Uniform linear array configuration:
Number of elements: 24
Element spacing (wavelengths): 0.25
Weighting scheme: hann
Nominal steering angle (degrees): -15
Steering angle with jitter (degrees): -15.631
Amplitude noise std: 0.05
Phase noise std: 0.05

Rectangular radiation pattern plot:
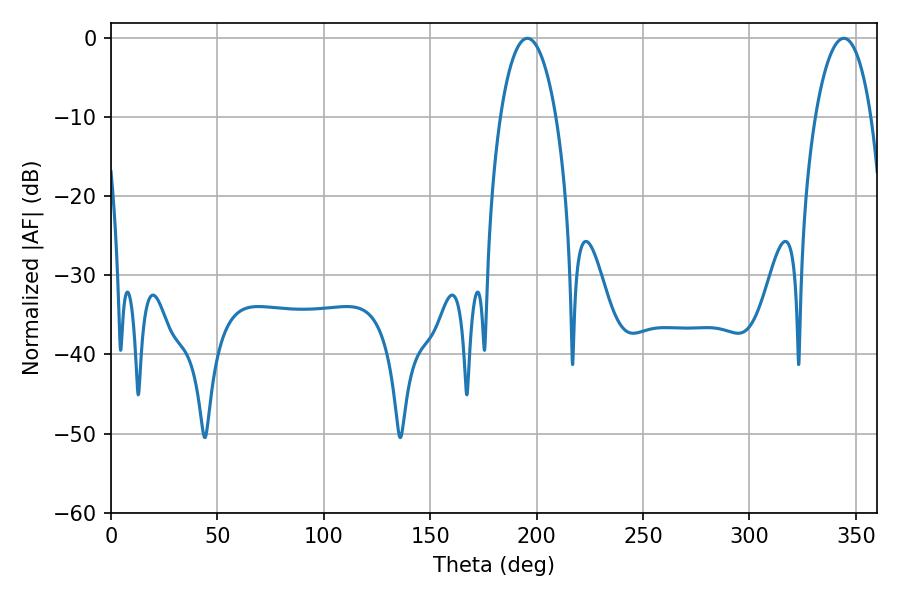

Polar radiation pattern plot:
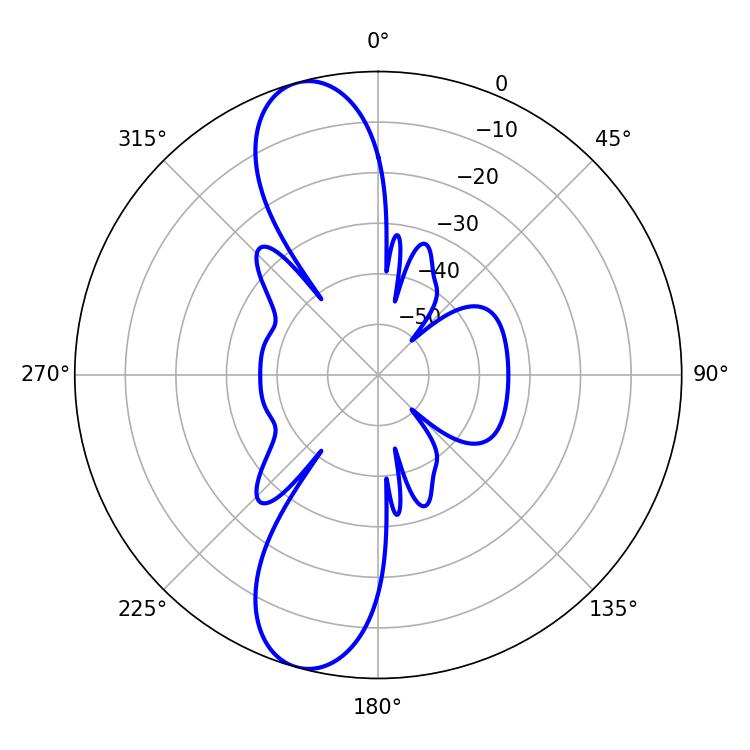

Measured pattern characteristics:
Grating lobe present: FALSE
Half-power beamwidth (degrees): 14.58
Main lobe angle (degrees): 195.66